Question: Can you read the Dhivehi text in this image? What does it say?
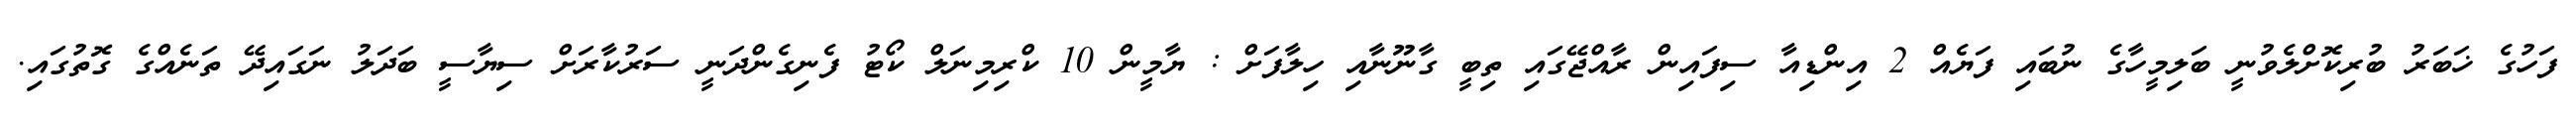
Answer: ފަހުގެ ޚަބަރު ބުރިކޮށްލެވުނީ ބަލިމީހާގެ ނުބައި ފަޔެއް 2 އިންޑިއާ ސިފައިން ރާއްޖޭގައި ތިބީ ގާނޫނާއި ހިލާފަށް : ޔާމީން 10 ކްރިމިނަލް ކޯޓު ފެނިގެންދަނީ ސަރުކާރަށް ސިޔާސީ ބަދަލު ނަގައިދޭ ތަނެއްގެ ގޮތުގައި.